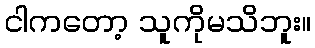
ငါကတော့ သူကိုမသိဘူး။